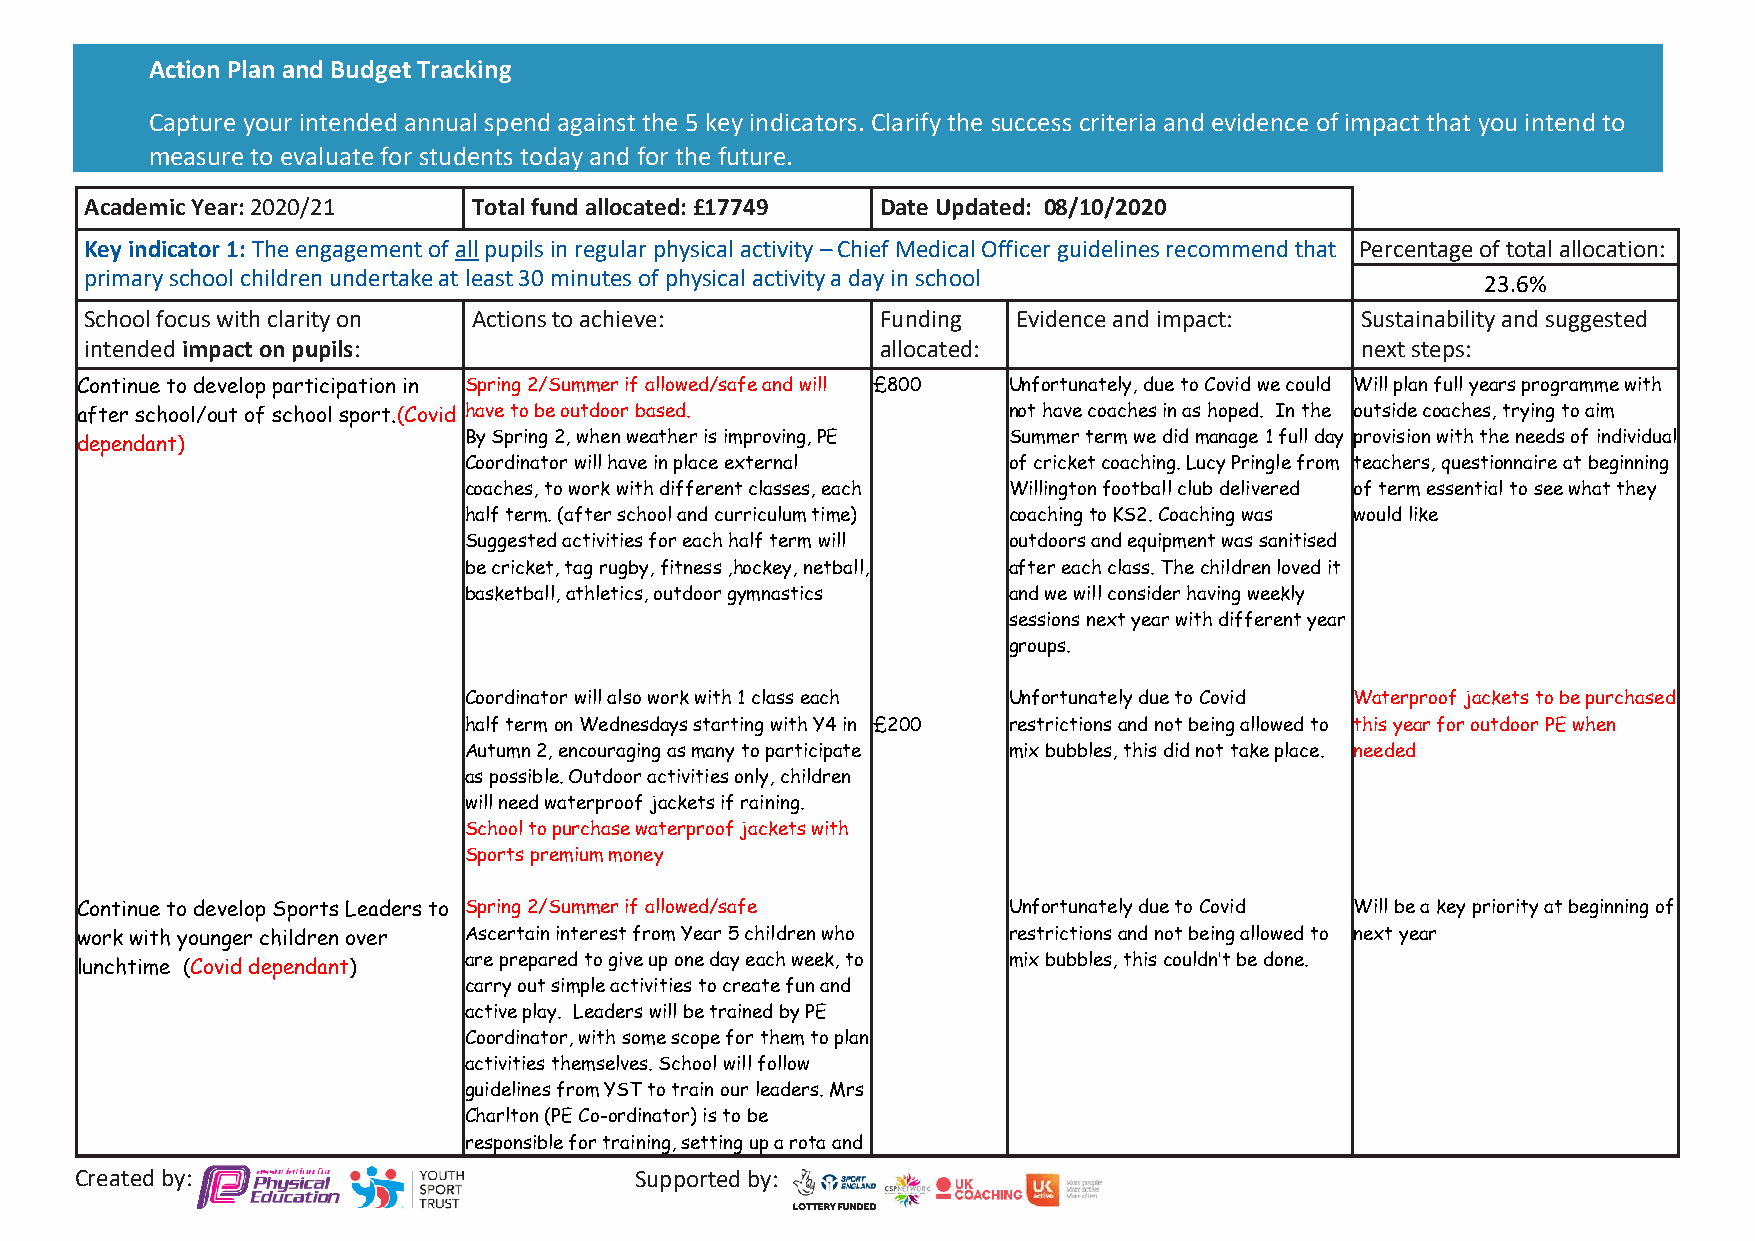
Action Plan and Budget Tracking
 Capture your intended annual spend against the 5 key indicators. Clarify the success criteria and evidence of impact that you intend to
 measure to evaluate for students today and for the future.
 Academic Year: 2020/21   Total fund allocated: £17749 Date Updated: 08/10/2020
 Key indicator 1: The engagement of all pupils in regular physical activity – Chief Medical Officer guidelines recommend that Percentage of total allocation:
 primary school children undertake at least 30 minutes of physical activity a day in school  23.6%
 School focus with clarity on Actions to achieve:    Funding  Evidence and impact:   Sustainability and suggested
 intended impact on pupils:                          allocated:                      next steps:
 Continue to develop participation in Spring 2/Summer if allowed/safe and will £800 Unfortunately, due to Covid we could Will plan full years programme with
 after school/out of school sport.(Covid have to be outdoor based. not have coaches in as hoped. In the outside coaches, trying to aim
 By Spring 2, when weather is improving, PE Summer term we did manage 1 full day provision with the needs of individual
 dependant)
 Coordinator will have in place external of cricket coaching. Lucy Pringle from teachers, questionnaire at beginning
 coaches, to work with different classes, each Willington football club delivered of term essential to see what they
 half term. (after school and curriculum time) coaching to KS2. Coaching was would like
 Suggested activities for each half term will outdoors and equipment was sanitised
 be cricket, tag rugby, fitness ,hockey, netball, after each class. The children loved it
 basketball, athletics, outdoor gymnastics and we will consider having weekly
 sessions next year with different year
 groups.
 Coordinator will also work with 1 class each Unfortunately due to Covid Waterproof jackets to be purchased
 half term on Wednesdays starting with Y4 in £200 restrictions and not being allowed to this year for outdoor PE when
 Autumn 2, encouraging as many to participate mix bubbles, this did not take place. needed
 as possible. Outdoor activities only, children
 will need waterproof jackets if raining.
 School to purchase waterproof jackets with
 Sports premium money
 Continue to develop Sports Leaders to Spring 2/Summer if allowed/safe Unfortunately due to Covid Will be a key priority at beginning of
 work with younger children over Ascertain interest from Year 5 children who restrictions and not being allowed to next year
 are prepared to give up one day each week, to mix bubbles, this couldn’t be done.
 lunchtime (Covid dependant)
 carry out simple activities to create fun and
 active play. Leaders will be trained by PE
 Coordinator, with some scope for them to plan
 activities themselves. School will follow
 guidelines from YST to train our leaders. Mrs
 Charlton (PE Co-ordinator) is to be
 responsible for training, setting up a rota and
 Created by:                          Supported by: